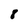
Character: 8